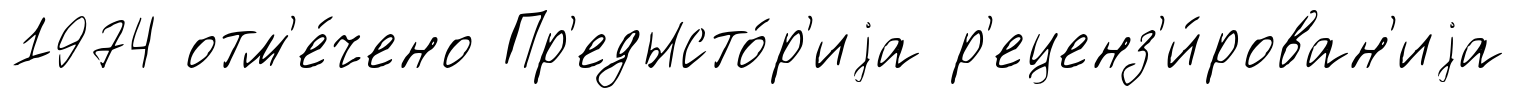
1974 отм'е́чено Пр'едысто́р'иjа р'еценз'и́рован'иjа